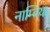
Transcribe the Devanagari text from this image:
नाम्बिया